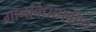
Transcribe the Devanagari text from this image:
गानविद्याप्रवीण